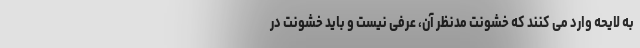
به لایحه وارد می کنند که خشونت‌ مدنظر آن، عرفی نیست و باید خشونت در